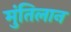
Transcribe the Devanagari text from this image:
मुंतिलान